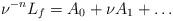
LaTeX: \begin{align*}\nu^{-n} L_f = A_0 + \nu A_1 + \ldots\end{align*}